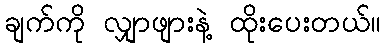
ချက်ကို လျှာဖျားနဲ့ ထိုးပေးတယ်။